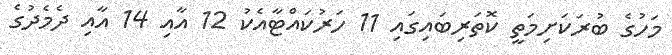
މަހުގެ ބުރަކަށިމަތީ ކޮތަރިބައިގައި 11 ހަރުކައްޓާއެކު 12 އާއި 14 އާއި ދެމެދުގެ